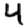
Digit: 4